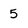
Character: 5